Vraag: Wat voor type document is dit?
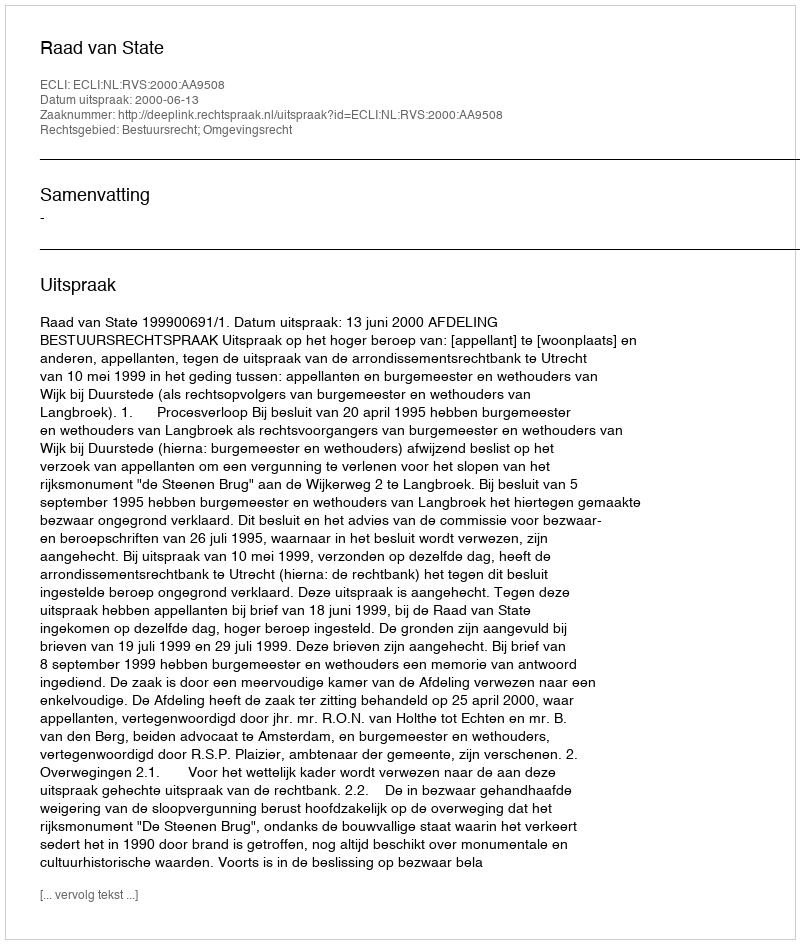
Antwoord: Uitspraak